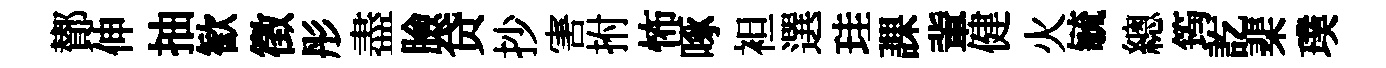
鄼伸抽歓徵彤盡臉贷抄害拊怖啄袒選珪課軰健火毓總筠訖棐璞